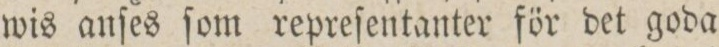
wis anſes ſom repreſentanter för det goda